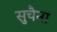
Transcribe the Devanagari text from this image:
सुचैना